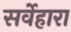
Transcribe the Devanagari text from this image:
सर्वेहारा